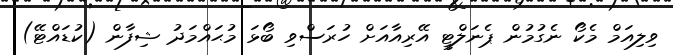
ވިލިއަމް މެކޯ ނެގުމުން ޕެނަލްޓީ އޭރިއާއަށް ހުރަސްވި ބޯޅަ މުޙައްމަދު ޝިފާން (ކުޑައްޓޭ)